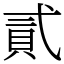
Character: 貳